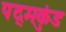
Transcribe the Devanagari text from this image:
पद्मकुंड